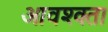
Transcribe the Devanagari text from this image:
आवश्क्ता